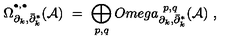
\Omega _ { \partial _ { k } , \bar { \partial } _ { k } ^ { * } } ^ { ^ { \bullet , \bullet } } ( { \mathcal A } ) \ = \ \displaystyle \bigoplus _ { p , q } O m e g a _ { \partial _ { k } , \bar { \partial } _ { k } ^ { * } } ^ { \ p , q } ( { \mathcal A } ) \ ,